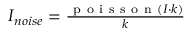
\begin{array} { r } { I _ { n o i s e } = \frac { \mathrm { ~ p ~ o ~ i ~ s ~ s ~ o ~ n ~ } ( I \cdot k ) } { k } } \end{array}